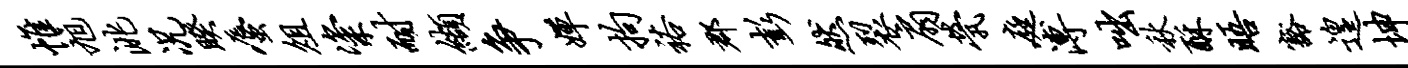
帷旭洮况睽蜃俎粢耐缬争婵拘裕郡彭然裂扇茕庭溥咄秋酥晤豁遑坤